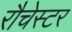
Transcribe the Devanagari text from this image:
रौचेस्टर